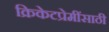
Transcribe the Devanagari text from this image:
क्रिकेटप्रेमींसाठी